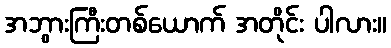
အဘွားကြီးတစ်ယောက် အတိုင်း ပါလား။